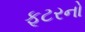
ફૂટરનો